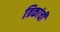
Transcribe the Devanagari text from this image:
त्रिकांची